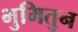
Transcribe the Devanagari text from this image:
भुमितुन